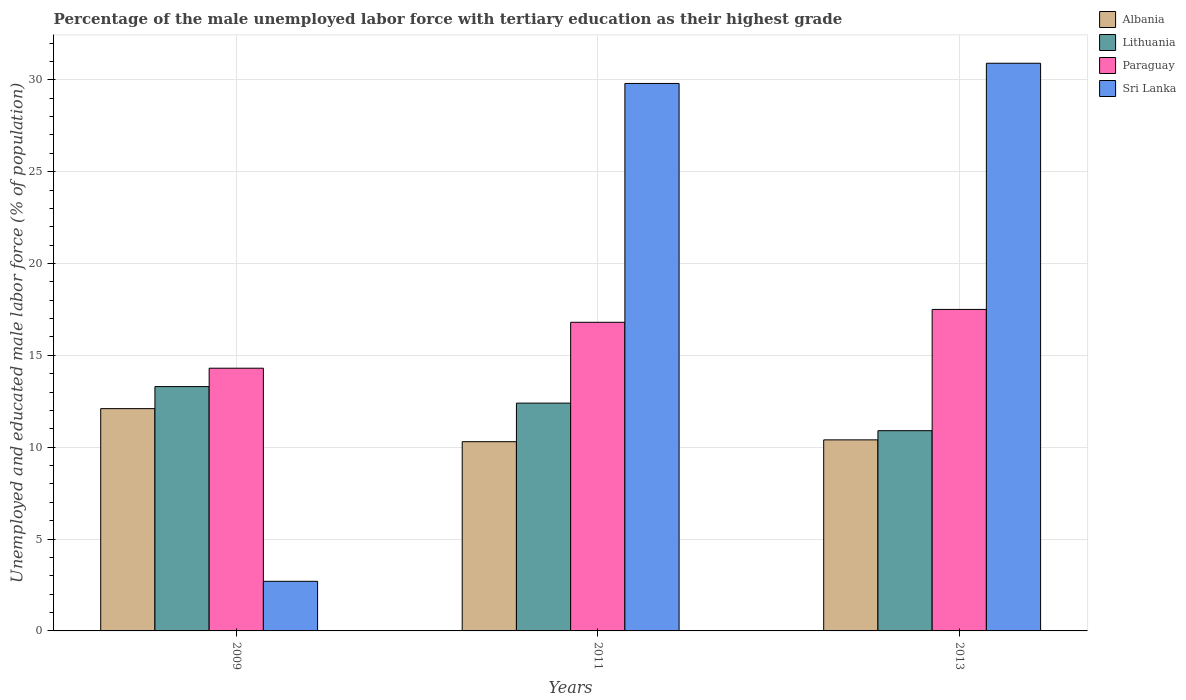
| Years | Albania | Lithuania | Paraguay | Sri Lanka |
 | --- | --- | --- | --- | --- |
 | 2009 | 12.1 | 13.3 | 14.3 | 2.7 |
 | 2011 | 10.3 | 12.4 | 16.8 | 29.8 |
 | 2013 | 10.4 | 10.9 | 17.5 | 30.9 |